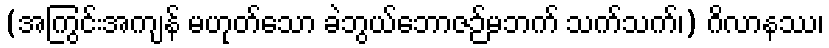
(အကြွင်းအကျန် မဟုတ်သော ခဲဘွယ်ဘောဇဉ်မဘက် သက်သက်၊) ဂိလာနဿ၊